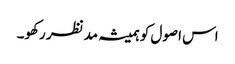
اس اصول کو ہمیشہ مدنظر رکھو۔